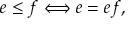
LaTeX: e \leq f \Longleftrightarrow e = e f ,